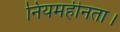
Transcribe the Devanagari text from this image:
नियमहीनता।